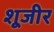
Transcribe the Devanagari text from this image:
शूजीर